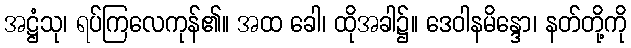
အဋ္ဌံသု၊ ရပ်ကြလေကုန်၏။ အထ ခေါ၊ ထိုအခါ၌။ ဒေဝါနမိန္ဒော၊ နတ်တို့ကို